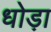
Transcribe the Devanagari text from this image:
धोड़ा